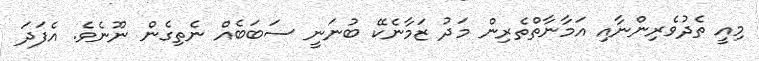
މިއީ ތެދުވެރިންނާއި އަމާނާތްތެރިން މަދު ޒަމާނެކޭ ބުނަނީ ސަބަބެއް ނެތިގެން ނޫނެވެ. އެފަދަ